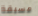
مسبقة